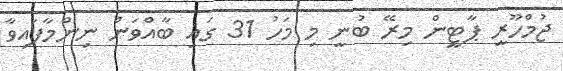
ޖުމްހޫރީ ޕާޓީން މިރޭ ބުނީ މި މަހު 31 ގައި ބާއްވަން ނިންމާފައިވާ